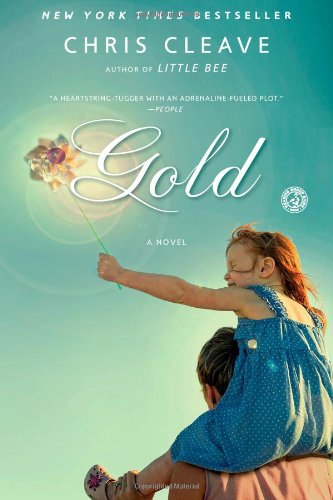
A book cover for Gold: A Novel; Chris Cleave; Literature & Fiction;